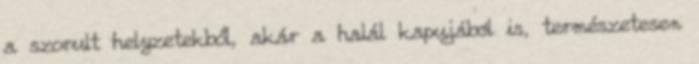
a szorult helyzetekből, akár a halál kapujából is, természetesen